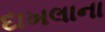
દાખલાના